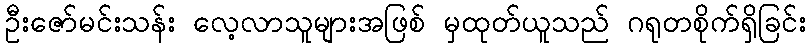
ဦးဇော်မင်းသန်း လေ့လာသူများအဖြစ် မှထုတ်ယူသည် ဂရုတစိုက်ရှိခြင်း